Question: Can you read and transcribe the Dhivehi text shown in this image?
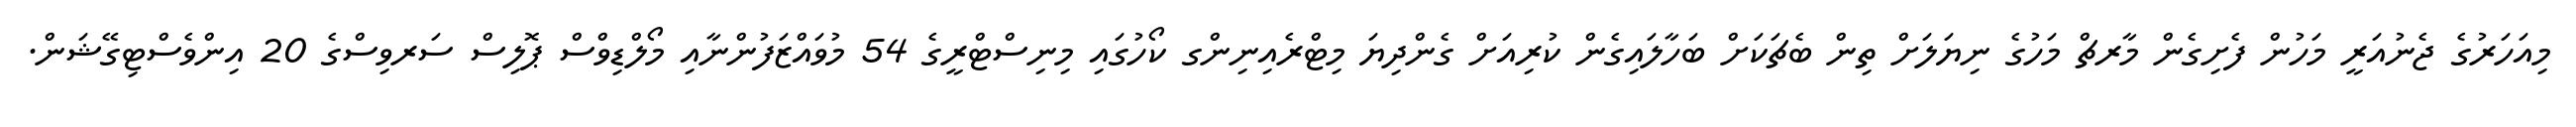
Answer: މިއަހަރުގެ ޖެނުއަރީ މަހުން ފެށިގެން މާރޗް މަހުގެ ނިޔަލަށް ތިން ބެޗަކަށް ބަހާލައިގެން ކުރިއަށް ގެންދިޔަ މިޓްރެއިނިންގ ކޯހުގައި މިނިސްޓްރީގެ 54 މުވައްޒަފުންނާއި މޯލްޑިވްސް ޕޮލިސް ސަރވިސްގެ 20 އިންވެސްޓިގޭޝަން.